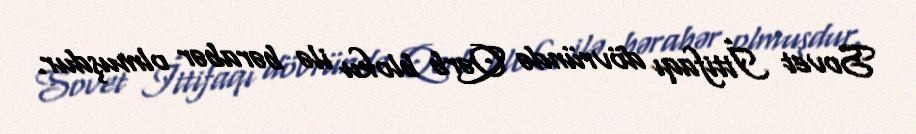
Sovet İttifaqı dövründə Qərb bloku ilə bərabər olmuşdur.